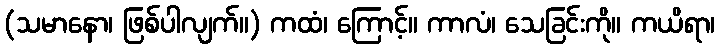
(သမာနော၊ ဖြစ်ပါလျက်။) ကထံ၊ ကြောင့်။ ကာလံ၊ သေခြင်းကို။ ကယိရာ၊